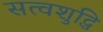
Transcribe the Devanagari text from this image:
सत्वशुद्धि